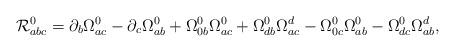
LaTeX: \begin{align*}{\cal R}_{abc}^0=\partial _b\Omega _{ac}^0-\partial _c\Omega _{ab}^0+\Omega_{0b}^0\Omega _{ac}^0+\Omega _{db}^0\Omega _{ac}^d-\Omega _{0c}^0\Omega_{ab}^0-\Omega _{dc}^0\Omega _{ab}^d, \end{align*}